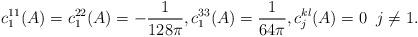
LaTeX: \begin{align*}c_1^{11}(A) = c_1^{22}(A) = -\frac{1}{128\pi},c_1^{33}(A) = \frac{1}{64\pi},c_j^{kl}(A) = 0\;\; j\neq 1.\end{align*}